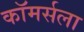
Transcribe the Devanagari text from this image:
कॉमर्सला